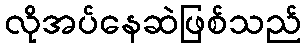
လိုအပ်နေဆဲဖြစ်သည်